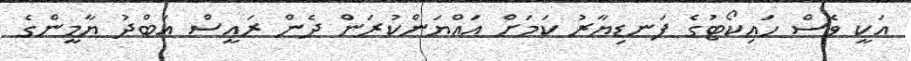
އަކީ ވެސް ހައިކޯޓުގެ ފަނޑިޔާރު ކަމަށް އައްޔަންކުރަން ދެން ރައީސް އަބްދު ޔާމީންގެ